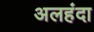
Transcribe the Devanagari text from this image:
अलहंदा